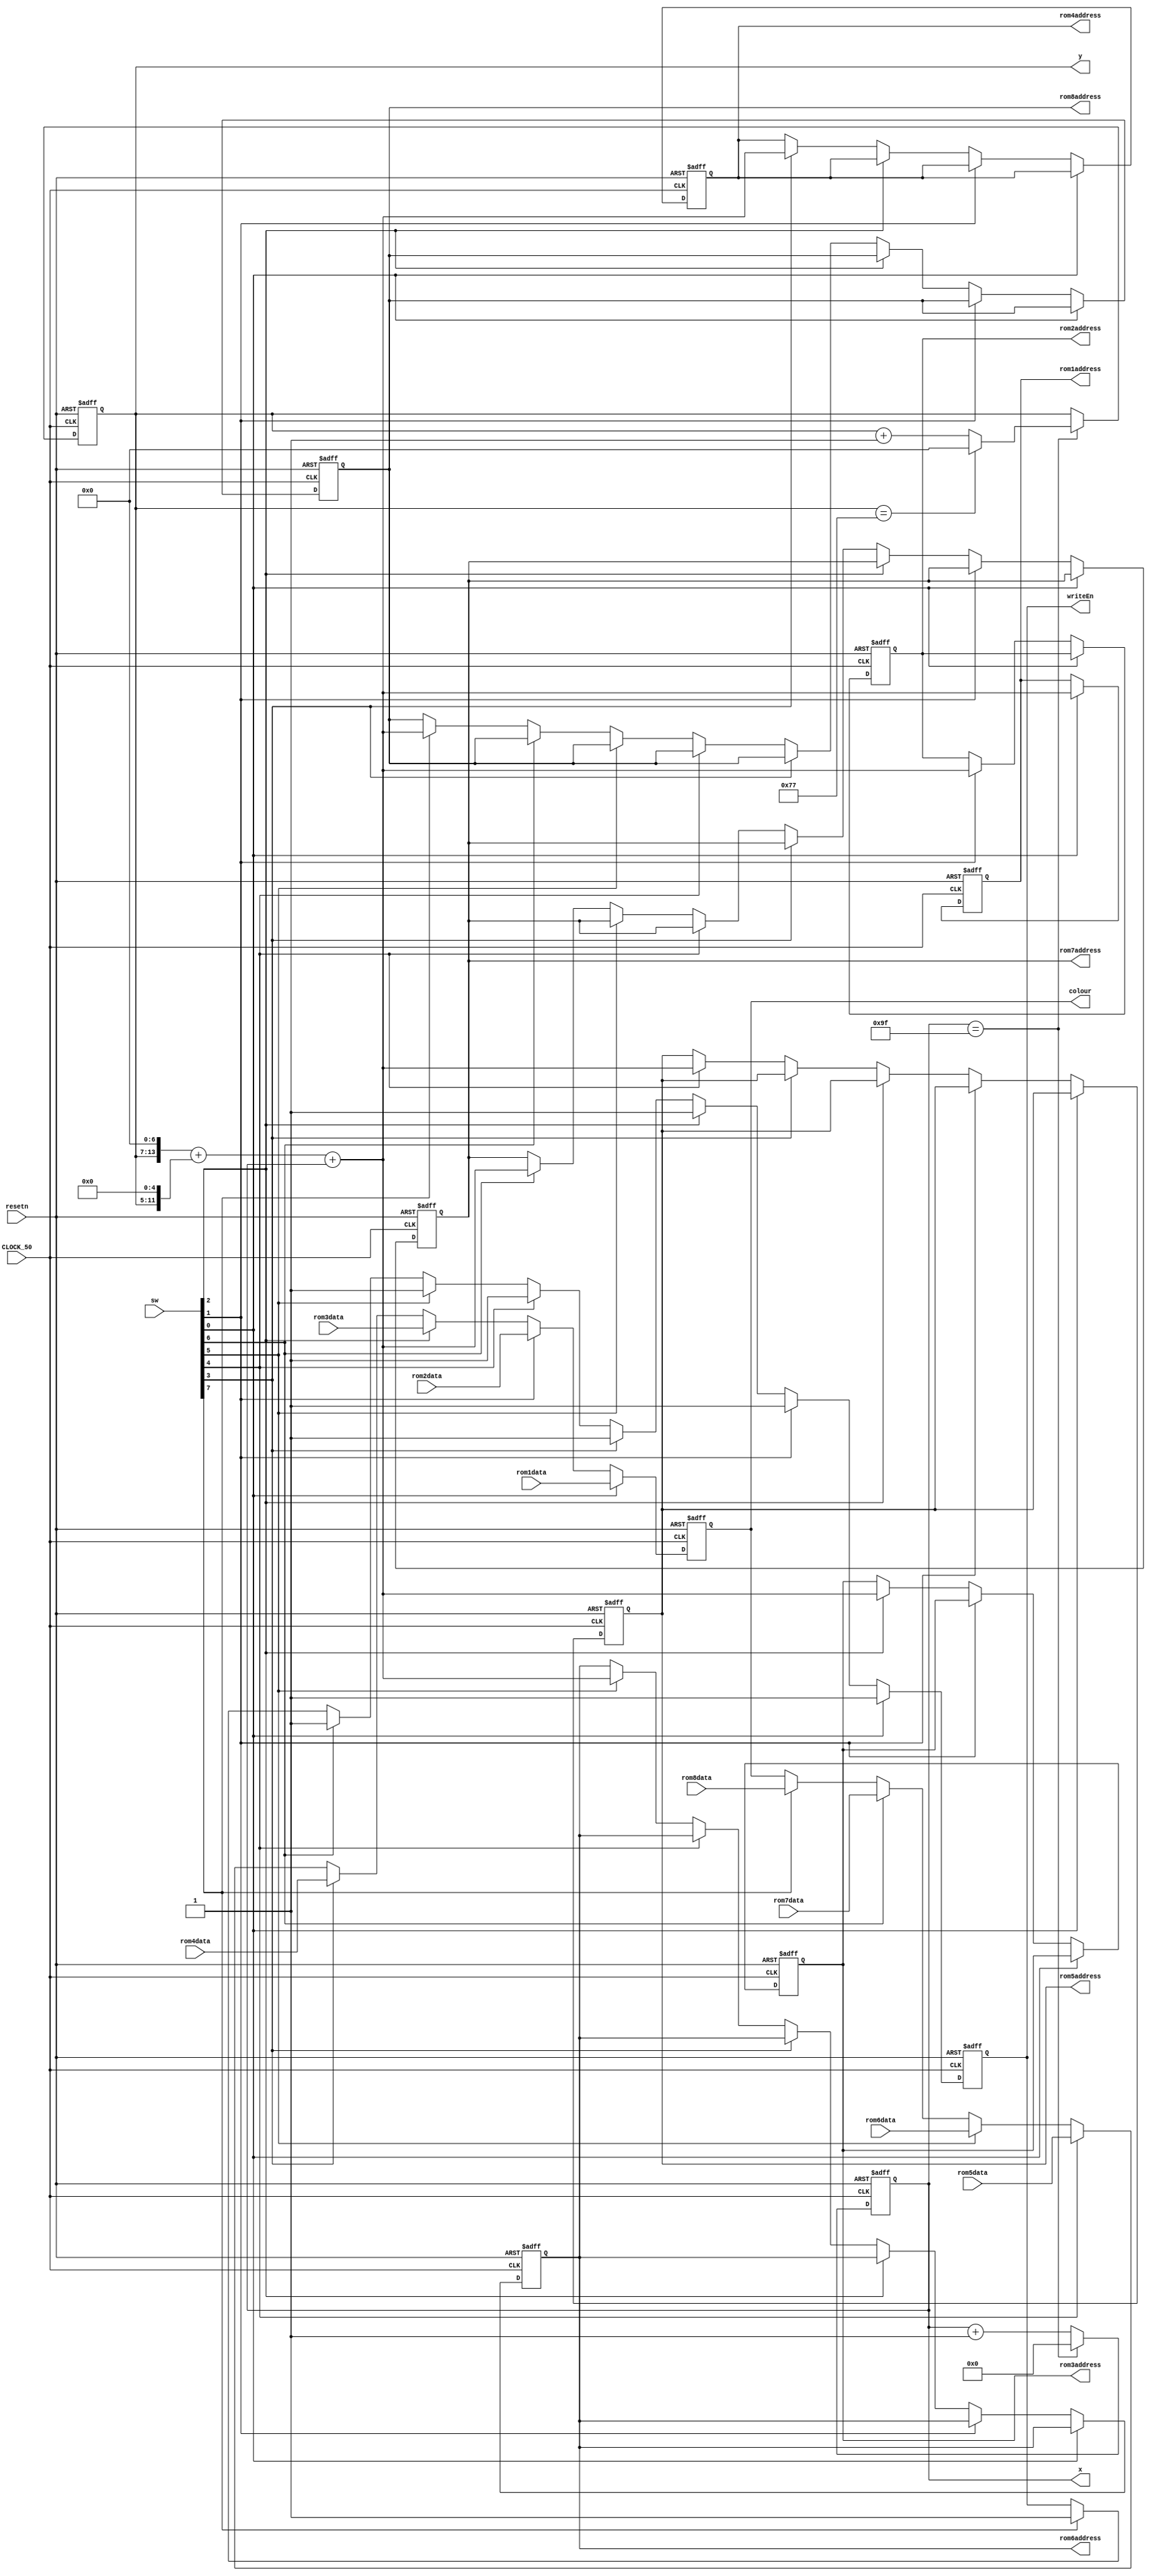
module position(CLOCK_50,resetn,sw,rom1data,rom1address,rom2data,rom2address,rom3data,rom3address,rom4data,rom4address,rom5data,rom5address,rom6data,rom6address,rom7data,rom7address,rom8data,rom8address,x,y,colour,writeEn);
   parameter pixel_x=8'd32;
	parameter pixel_y=7'd24;
	input CLOCK_50,resetn;
	input [2:0] rom1data,rom2data,rom3data,rom4data,rom5data,rom6data,rom7data,rom8data;//data read from rom which contain picture information
	output [14:0] rom1address,rom2address,rom3address,rom4address,rom5address,rom6address,rom7address,rom8address;
	reg [14:0] rom1address_r,rom2address_r,rom3address_r,rom4address_r,rom5address_r,rom6address_r,rom7address_r,rom8address_r;
	input [7:0] sw;
	output [7:0] x;
	output [6:0] y;
	output writeEn;
	output [2:0] colour;
	reg [7:0] x_cnt;
	reg [6:0] y_cnt;
	reg [2:0] colour_r;
	reg writeEn_r;
	assign x=x_cnt;
	assign y=y_cnt;
	assign colour=colour_r;
	assign writeEn=writeEn_r;
	assign rom1address=rom1address_r;
	assign rom2address=rom2address_r;
	assign rom3address=rom3address_r;
	assign rom4address=rom4address_r;
	assign rom5address=rom5address_r;
	assign rom6address=rom6address_r;
	assign rom7address=rom7address_r;
	assign rom8address=rom8address_r;
	always@(posedge CLOCK_50 or negedge resetn)
	begin
	
	if(!resetn)
	    begin
	    x_cnt<=8'd0;
	    y_cnt<=7'd0;
	    colour_r<=3'b000;
	    writeEn_r<=1'b0;
		 rom1address_r<=15'd0;
		 rom2address_r<=15'd0;
		 rom3address_r<=15'd0;
		 rom4address_r<=15'd0;
		 rom5address_r<=15'd0;
		 rom6address_r<=15'd0;
		 rom7address_r<=15'd0;
		 rom8address_r<=15'd0;
	    end
	else
	    begin
		 
		 if(x_cnt==8'd159)
		     begin
		     x_cnt<=8'd0;
		     
			  if(y_cnt==7'd119)
			  y_cnt<=7'd0;
			  else
			  y_cnt<=y_cnt+7'd1;
			  
		     end
		 else
		     begin
		     x_cnt<=x_cnt+8'd1;
		     end
		 
	
   if(sw[0]==1'b1)	
	    begin
		 writeEn_r<=1'b1;
		 colour_r<=rom1data;
		 rom1address_r<={y_cnt,7'd0}+{y_cnt,5'd0}+x_cnt;
	    end
   else if(sw[1]==1'b1)	
	    begin
		 writeEn_r<=1'b1;
		 colour_r<=rom2data;
		 rom2address_r<={y_cnt,7'd0}+{y_cnt,5'd0}+x_cnt;
	    end
   else if(sw[2]==1'b1)	
	    begin
		 writeEn_r<=1'b1;
		 colour_r<=rom3data;
		 rom3address_r<={y_cnt,7'd0}+{y_cnt,5'd0}+x_cnt;
	    end
	else if(sw[3]==1'b1)	
	    begin
		 writeEn_r<=1'b1;
		 colour_r<=rom4data;
		 rom4address_r<={y_cnt,7'd0}+{y_cnt,5'd0}+x_cnt;
	    end
	else if(sw[4]==1'b1)	
	    begin
		 writeEn_r<=1'b1;
		 colour_r<=rom5data;
		 rom5address_r<={y_cnt,7'd0}+{y_cnt,5'd0}+x_cnt;
	    end
	else if(sw[5]==1'b1)	
	    begin
		 writeEn_r<=1'b1;
		 colour_r<=rom6data;
		 rom6address_r<={y_cnt,7'd0}+{y_cnt,5'd0}+x_cnt;
	    end
	else if(sw[6]==1'b1)	
	    begin
		 writeEn_r<=1'b1;
		 colour_r<=rom7data;
		 rom7address_r<={y_cnt,7'd0}+{y_cnt,5'd0}+x_cnt;
	    end
	else if(sw[7]==1'b1)	
	    begin
		 writeEn_r<=1'b1;
		 colour_r<=rom8data;
		 rom8address_r<={y_cnt,7'd0}+{y_cnt,5'd0}+x_cnt;
	    end
	   

		 
	end	 
		 
   end
	
	endmodule